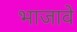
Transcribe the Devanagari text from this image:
भाजावे